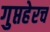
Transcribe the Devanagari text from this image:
गुप्तहेरच